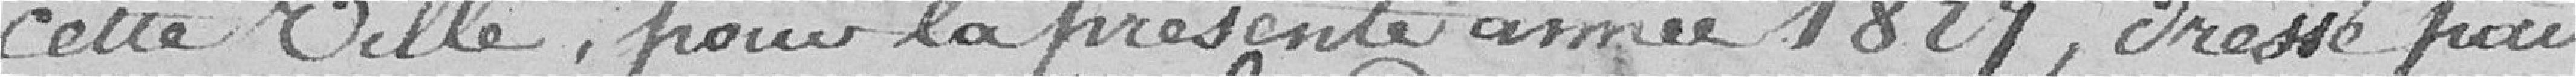
cette Ville, pour la présente année 1827, dressé pour